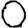
Digit: 0